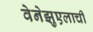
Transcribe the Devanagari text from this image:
वेनेझुएलाची